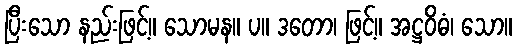
ပြီးသော နည်းဖြင့်။ သောမန။ ပ။ ဒတော၊ ဖြင့်။ အဋ္ဌဝိဓံ၊ သော။